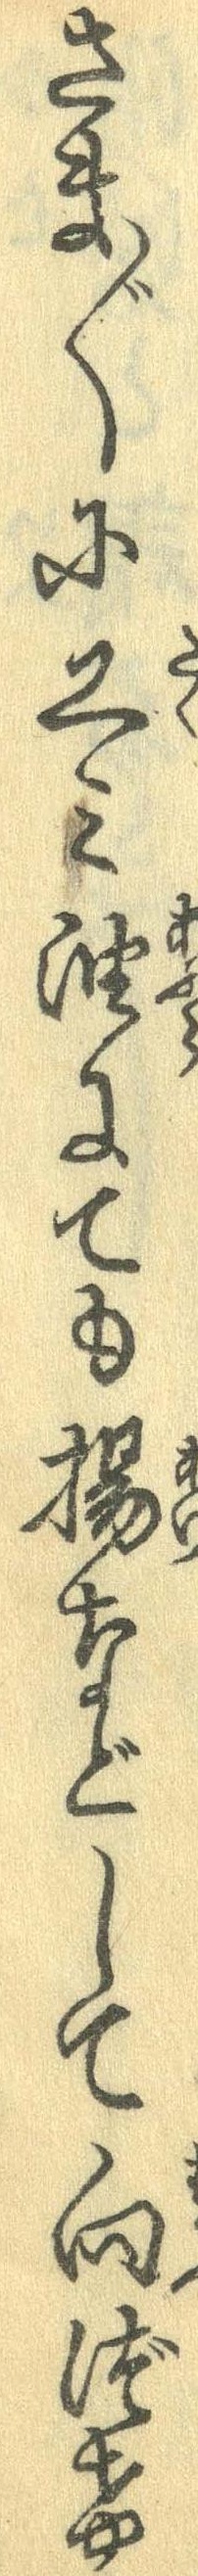
さま〲に工み油にても揚などして向づけ